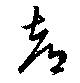
都